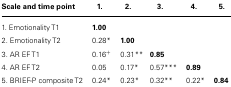
| Scale and time point | 1. | 2. | 3. | 4. | 5. |
 | --- | --- | --- | --- | --- | --- |
 | 1. Emotionality T1 | 1.00 |  |  |  |  |
 | 2. Emotionality T2 | 0.28* | 1.00 |  |  |  |
 | 3. AR EF T1 | 0.16+ | 0.31** | 0.85 |  |  |
 | 4. AR EF T2 | 0.05 | 0.17* | 0.57*** | 0.89 |  |
 | 5. BRIEF-P composite T2 | 0.24* | 0.23* | 0.32** | 0.22* | 0.84 |